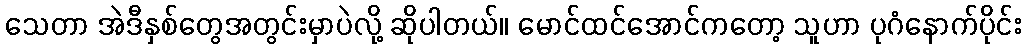
သေတာ အဲဒီနှစ်တွေအတွင်းမှာပဲလို့ ဆိုပါတယ်။ မောင်ထင်အောင်ကတော့ သူဟာ ပုဂံနောက်ပိုင်း